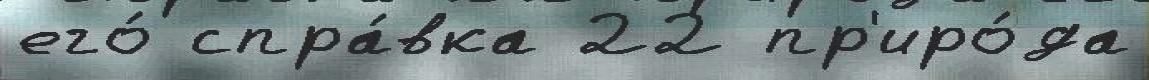
его́ спра́вка 22 пр'иро́да